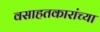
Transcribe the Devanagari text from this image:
वसाहतकारांच्या